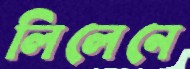
লিলেনে